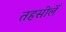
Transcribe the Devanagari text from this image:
तहसीलेँ